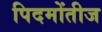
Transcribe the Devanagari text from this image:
पिदमोंतीज